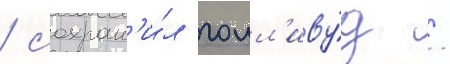
/ сохран'и́л голл'иву́д /